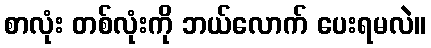
စာလုံး တစ်လုံးကို ဘယ်လောက် ပေးရမလဲ။